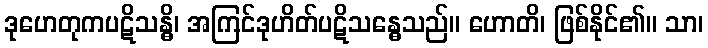
ဒုဟေတုကပဋိသန္ဓိ၊ အကြင်ဒုဟိတ်ပဋိသန္ဓေသည်။ ဟောတိ၊ ဖြစ်နိုင်၏။ သာ၊